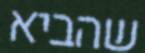
שהביא